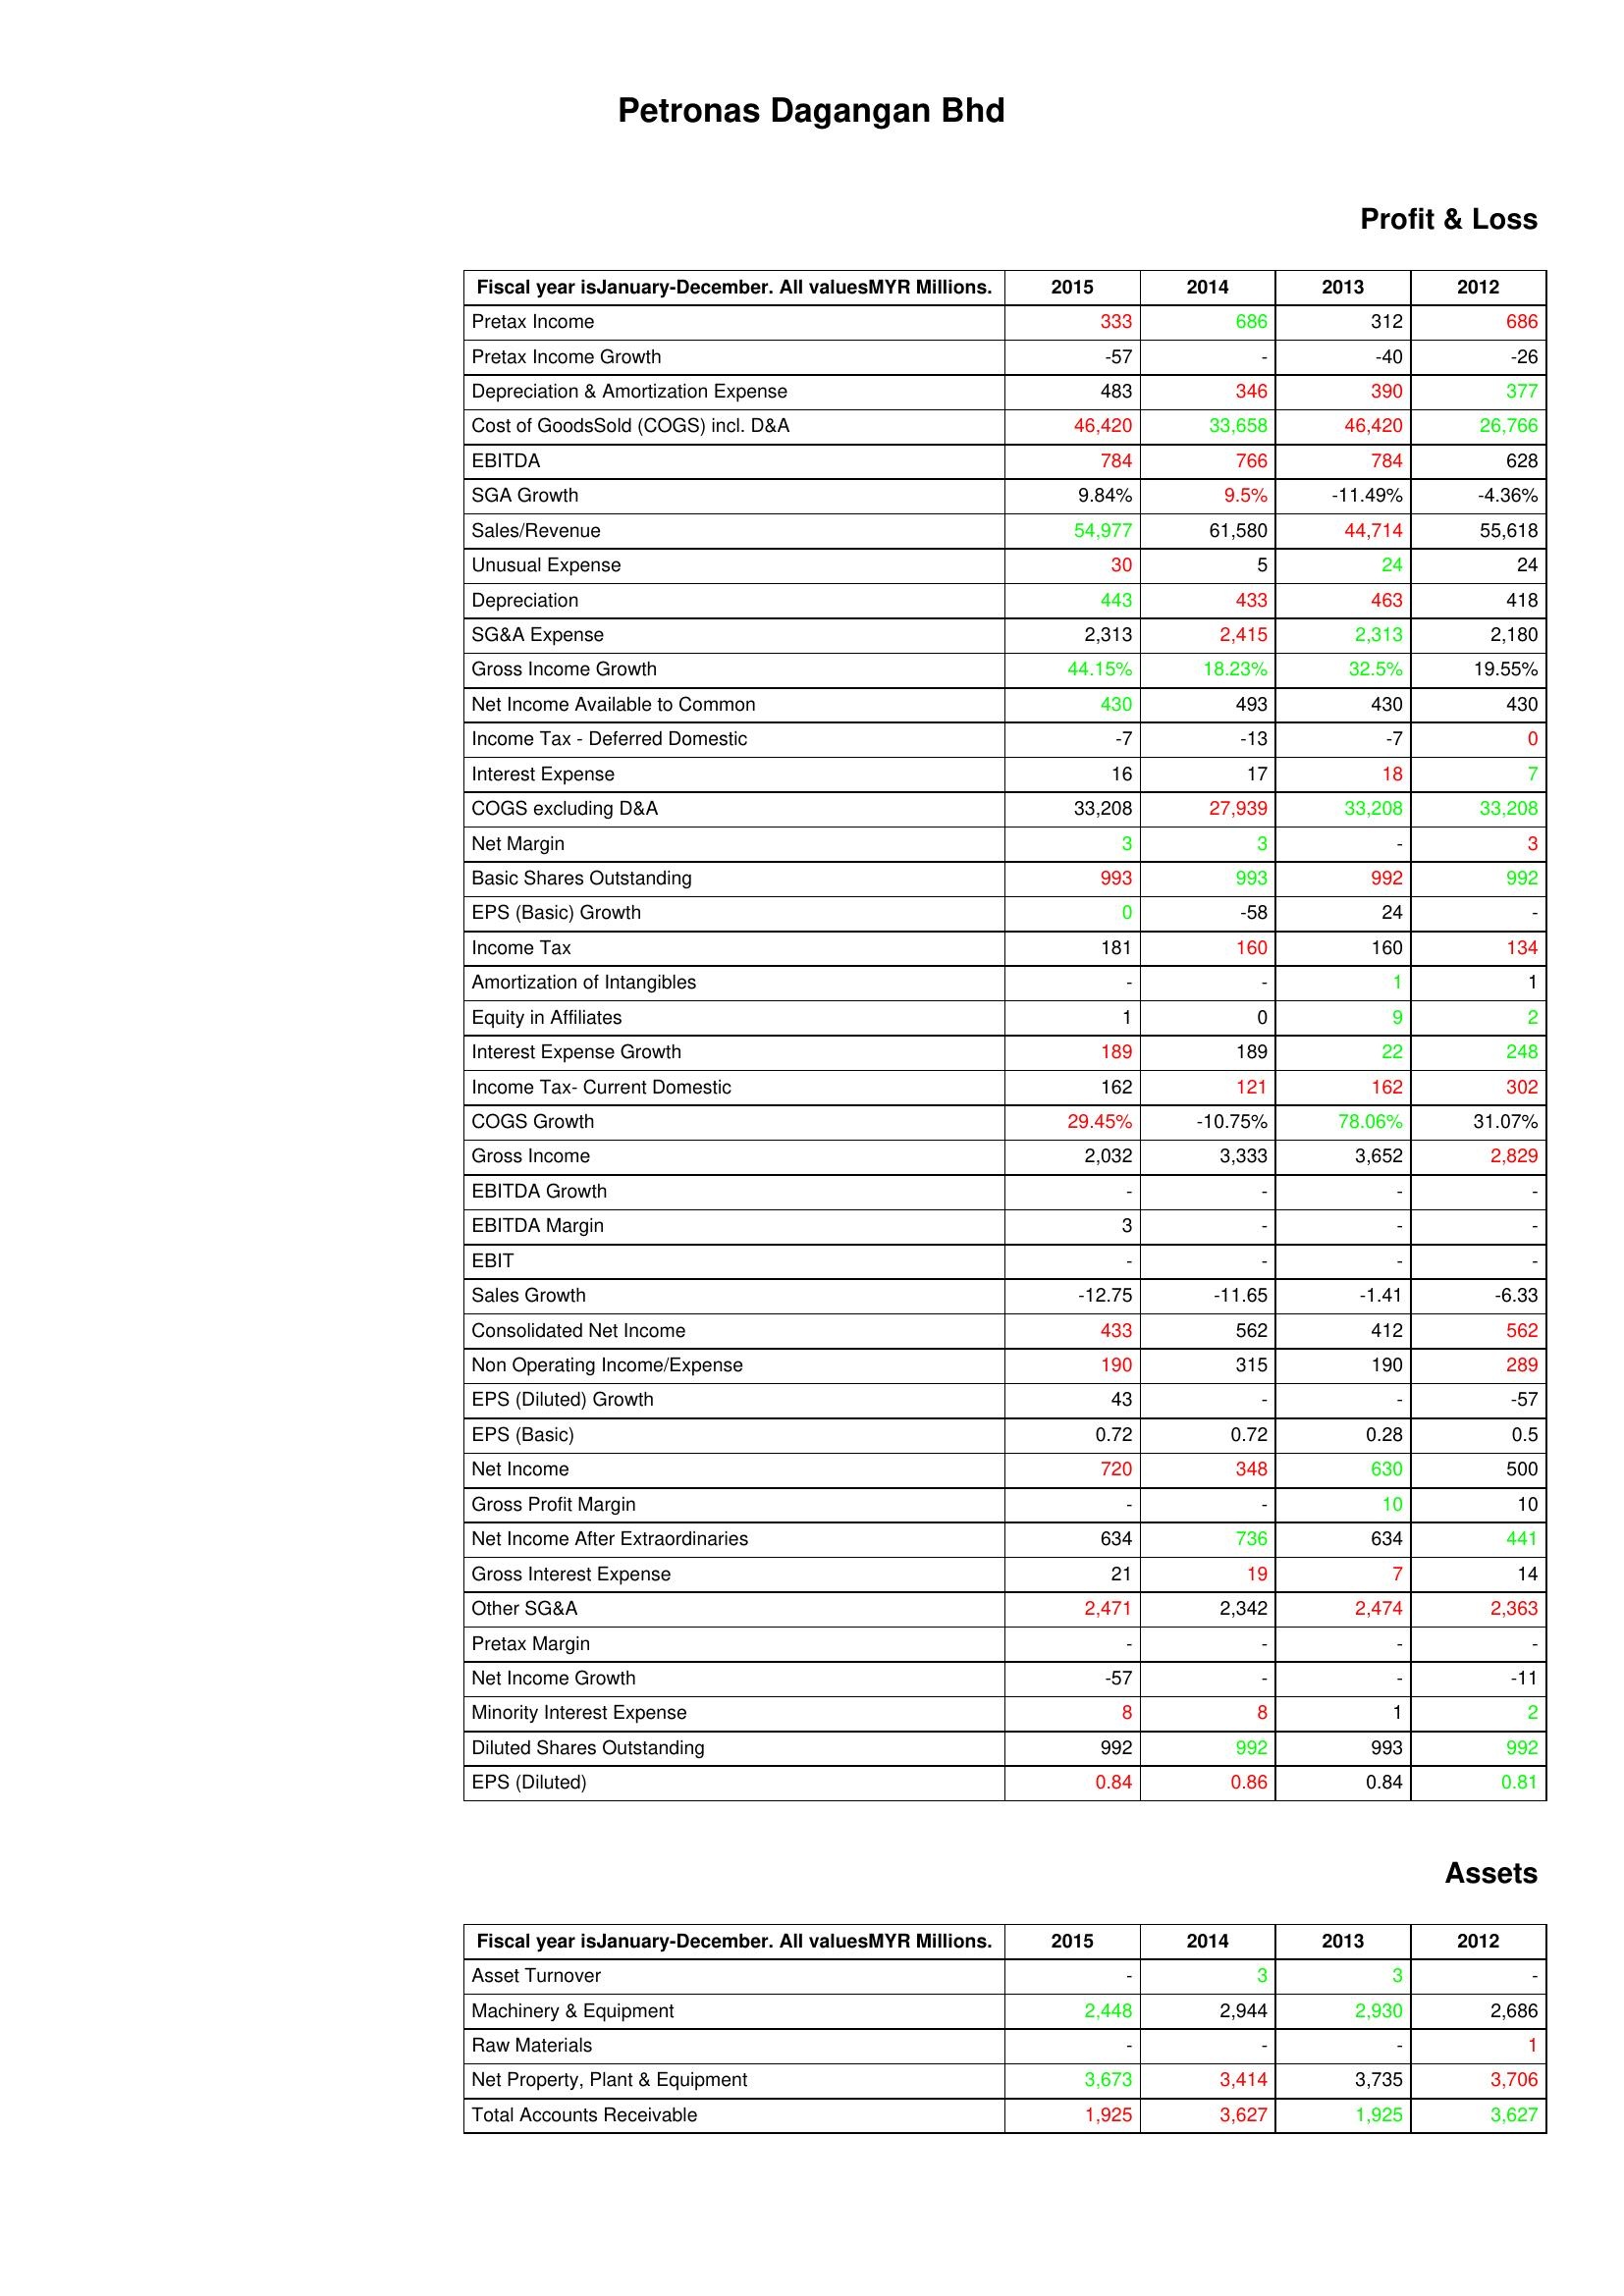
gt_parse: 2015: Profit & Loss: Pretax Income: 333
Pretax Income Growth: -57
Depreciation & Amortization Expense: 483
Cost of GoodsSold (COGS) incl. D&A: 46,420
EBITDA: 784
SGA Growth: 9.84%
Sales/Revenue: 54,977
Unusual Expense: 30
Depreciation: 443
SG&A Expense: 2,313
Gross Income Growth: 44.15%
Net Income Available to Common: 430
Income Tax - Deferred Domestic: -7
Interest Expense: 16
COGS excluding D&A: 33,208
Net Margin: 3
Basic Shares Outstanding: 993
EPS (Basic) Growth: 0
Income Tax: 181
Amortization of Intangibles: -
Equity in Affiliates: 1
Interest Expense Growth: 189
Income Tax- Current Domestic: 162
COGS Growth: 29.45%
Gross Income: 2,032
EBITDA Growth: -
EBITDA Margin: 3
EBIT: -
Sales Growth: -12.75
Consolidated Net Income: 433
Non Operating Income/Expense: 190
EPS (Diluted) Growth: 43
EPS (Basic): 0.72
Net Income: 720
Gross Profit Margin: -
Net Income After Extraordinaries: 634
Gross Interest Expense: 21
Other SG&A: 2,471
Pretax Margin: -
Net Income Growth: -57
Minority Interest Expense: 8
Diluted Shares Outstanding: 992
EPS (Diluted): 0.84
Assets: Asset Turnover: -
Machinery & Equipment: 2,448
Raw Materials: -
Net Property, Plant & Equipment: 3,673
Total Accounts Receivable: 1,925
2014: Profit & Loss: Pretax Income: 686
Pretax Income Growth: -
Depreciation & Amortization Expense: 346
Cost of GoodsSold (COGS) incl. D&A: 33,658
EBITDA: 766
SGA Growth: 9.5%
Sales/Revenue: 61,580
Unusual Expense: 5
Depreciation: 433
SG&A Expense: 2,415
Gross Income Growth: 18.23%
Net Income Available to Common: 493
Income Tax - Deferred Domestic: -13
Interest Expense: 17
COGS excluding D&A: 27,939
Net Margin: 3
Basic Shares Outstanding: 993
EPS (Basic) Growth: -58
Income Tax: 160
Amortization of Intangibles: -
Equity in Affiliates: 0
Interest Expense Growth: 189
Income Tax- Current Domestic: 121
COGS Growth: -10.75%
Gross Income: 3,333
EBITDA Growth: -
EBITDA Margin: -
EBIT: -
Sales Growth: -11.65
Consolidated Net Income: 562
Non Operating Income/Expense: 315
EPS (Diluted) Growth: -
EPS (Basic): 0.72
Net Income: 348
Gross Profit Margin: -
Net Income After Extraordinaries: 736
Gross Interest Expense: 19
Other SG&A: 2,342
Pretax Margin: -
Net Income Growth: -
Minority Interest Expense: 8
Diluted Shares Outstanding: 992
EPS (Diluted): 0.86
Assets: Asset Turnover: 3
Machinery & Equipment: 2,944
Raw Materials: -
Net Property, Plant & Equipment: 3,414
Total Accounts Receivable: 3,627
2013: Profit & Loss: Pretax Income: 312
Pretax Income Growth: -40
Depreciation & Amortization Expense: 390
Cost of GoodsSold (COGS) incl. D&A: 46,420
EBITDA: 784
SGA Growth: -11.49%
Sales/Revenue: 44,714
Unusual Expense: 24
Depreciation: 463
SG&A Expense: 2,313
Gross Income Growth: 32.5%
Net Income Available to Common: 430
Income Tax - Deferred Domestic: -7
Interest Expense: 18
COGS excluding D&A: 33,208
Net Margin: -
Basic Shares Outstanding: 992
EPS (Basic) Growth: 24
Income Tax: 160
Amortization of Intangibles: 1
Equity in Affiliates: 9
Interest Expense Growth: 22
Income Tax- Current Domestic: 162
COGS Growth: 78.06%
Gross Income: 3,652
EBITDA Growth: -
EBITDA Margin: -
EBIT: -
Sales Growth: -1.41
Consolidated Net Income: 412
Non Operating Income/Expense: 190
EPS (Diluted) Growth: -
EPS (Basic): 0.28
Net Income: 630
Gross Profit Margin: 10
Net Income After Extraordinaries: 634
Gross Interest Expense: 7
Other SG&A: 2,474
Pretax Margin: -
Net Income Growth: -
Minority Interest Expense: 1
Diluted Shares Outstanding: 993
EPS (Diluted): 0.84
Assets: Asset Turnover: 3
Machinery & Equipment: 2,930
Raw Materials: -
Net Property, Plant & Equipment: 3,735
Total Accounts Receivable: 1,925
2012: Profit & Loss: Pretax Income: 686
Pretax Income Growth: -26
Depreciation & Amortization Expense: 377
Cost of GoodsSold (COGS) incl. D&A: 26,766
EBITDA: 628
SGA Growth: -4.36%
Sales/Revenue: 55,618
Unusual Expense: 24
Depreciation: 418
SG&A Expense: 2,180
Gross Income Growth: 19.55%
Net Income Available to Common: 430
Income Tax - Deferred Domestic: 0
Interest Expense: 7
COGS excluding D&A: 33,208
Net Margin: 3
Basic Shares Outstanding: 992
EPS (Basic) Growth: -
Income Tax: 134
Amortization of Intangibles: 1
Equity in Affiliates: 2
Interest Expense Growth: 248
Income Tax- Current Domestic: 302
COGS Growth: 31.07%
Gross Income: 2,829
EBITDA Growth: -
EBITDA Margin: -
EBIT: -
Sales Growth: -6.33
Consolidated Net Income: 562
Non Operating Income/Expense: 289
EPS (Diluted) Growth: -57
EPS (Basic): 0.5
Net Income: 500
Gross Profit Margin: 10
Net Income After Extraordinaries: 441
Gross Interest Expense: 14
Other SG&A: 2,363
Pretax Margin: -
Net Income Growth: -11
Minority Interest Expense: 2
Diluted Shares Outstanding: 992
EPS (Diluted): 0.81
Assets: Asset Turnover: -
Machinery & Equipment: 2,686
Raw Materials: 1
Net Property, Plant & Equipment: 3,706
Total Accounts Receivable: 3,627